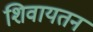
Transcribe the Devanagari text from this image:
शिवायतन